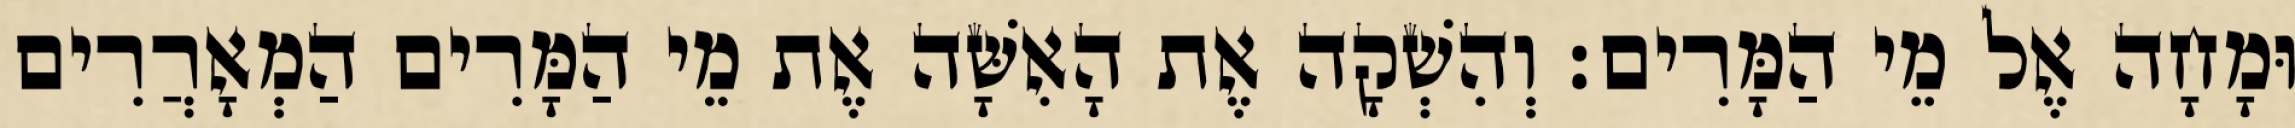
וּמָחָה אֶל מֵי הַמָּרִים׃ וְהִשְׁקָה אֶת הָאִשָּׁה אֶת מֵי הַמָּרִים הַמְאָרֲרִים